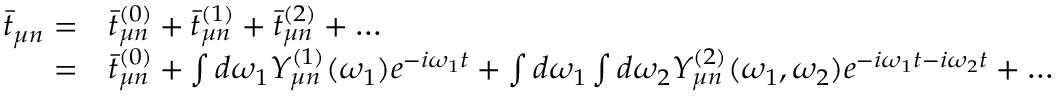
\begin{array} { r l } { \bar { t } _ { \mu n } = } & { { } \bar { t } _ { \mu n } ^ { ( 0 ) } + \bar { t } _ { \mu n } ^ { ( 1 ) } + \bar { t } _ { \mu n } ^ { ( 2 ) } + \dots } \\ { = } & { { } \bar { t } _ { \mu n } ^ { ( 0 ) } + \int d \omega _ { 1 } Y _ { \mu n } ^ { ( 1 ) } ( \omega _ { 1 } ) e ^ { - i \omega _ { 1 } t } + \int d \omega _ { 1 } \int d \omega _ { 2 } Y _ { \mu n } ^ { ( 2 ) } ( \omega _ { 1 } , \omega _ { 2 } ) e ^ { - i \omega _ { 1 } t - i \omega _ { 2 } t } + \dots } \end{array}